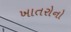
ખાતરોનો